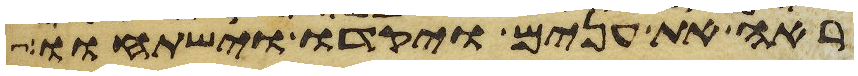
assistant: ראה את ענים ויקדו וישתחוו